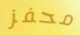
محفز